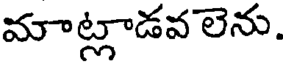
మాట్లాడవ లెను.